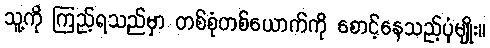
သူ့ကို ကြည့်ရသည်မှာ တစ်စုံတစ်ယောက်ကို စောင့်နေသည့်ပုံမျိုး။